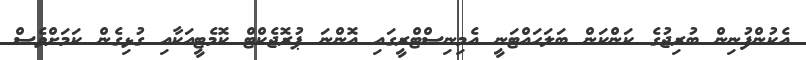
އެކުންފުނިން ބުރިޖުގެ ކަންކަން ބަލަހައްޓަނީ އެމިނިސްޓްރީގައި އޮންނަ ޕުރޮޖެކްޓް ކޮމެޓީއަކާއި ގުޅިގެން ކަމަށްވެސް